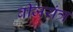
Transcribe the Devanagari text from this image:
बीजयंत्र